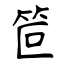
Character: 笸